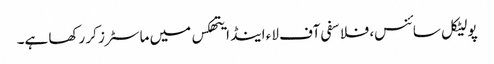
پولیٹکل سائنس، فلاسفی آف لاء اینڈ ایتھکس میں ماسٹرز کر رکھا ہے۔